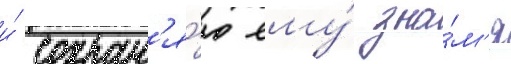
и́ сохран'я́ю ему́ зна́м'я